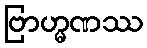
ဗြာဟ္မဏဿ